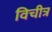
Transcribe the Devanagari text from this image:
विचीत्र